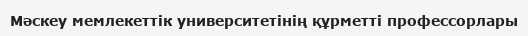
Мәскеу мемлекеттік университетінің құрметті профессорлары